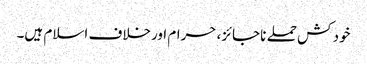
خود کش حملے ناجائز، حرام اورخلاف اسلام ہیں۔